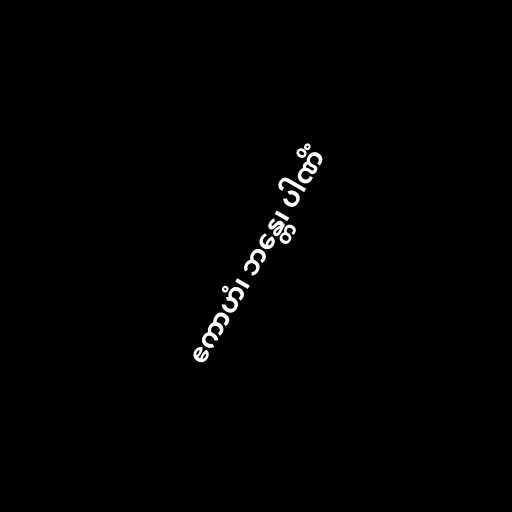
ဧကာဟံ၊ ဘန္တေ၊ ပါဏိံ